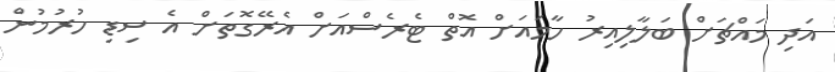
އަދި މައްޗަށް ބަލާލިއިރު ހާމައަށް އޮތް ޓެރެސްއަށް އެރޭގޮތަށް އެ ސިޑި ހުރުމުން